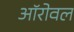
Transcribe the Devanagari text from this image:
ऑरोवल